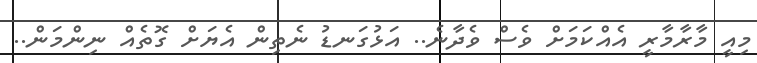
މިއީ މާރާމާރީ އެއްކަމަށް ވެސް ވެދާނެ.. އަޅުގަނޑު ނެތިން އެޔަށް ގޮތެއް ނިންމަން..